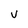
Character: V